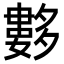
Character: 𡗆